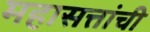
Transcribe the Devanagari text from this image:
महासत्तांची